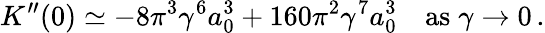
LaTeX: K^{\prime\prime}(0)\simeq-8\pi^{3}\gamma^{6}a_{0}^{3}+160\pi^{2}\gamma^{7}a_{0}^{3}\quad\mathrm{as}\; \gamma\to 0\, .